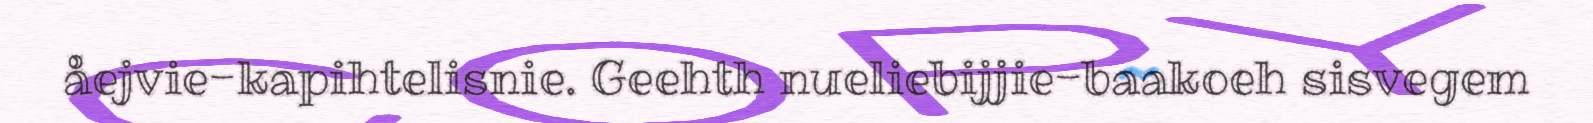
åejvie-kapihtelisnie. Geehth nueliebijjie-baakoeh sisvegem